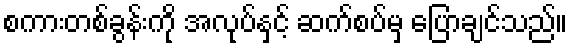
စကားတစ်ခွန်းကို အလုပ်နှင့် ဆက်စပ်မှ ပြောချင်သည်။